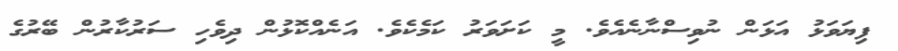
ފިޔަވަޅު އަޅަން ނުވިސްނާނެއެވެ. މީ ކަށަވަރު ކަމެކެވެ. އަނެއްކޮޅުން ދިވެހި ސަރުކާރުން ބޭރުގެ